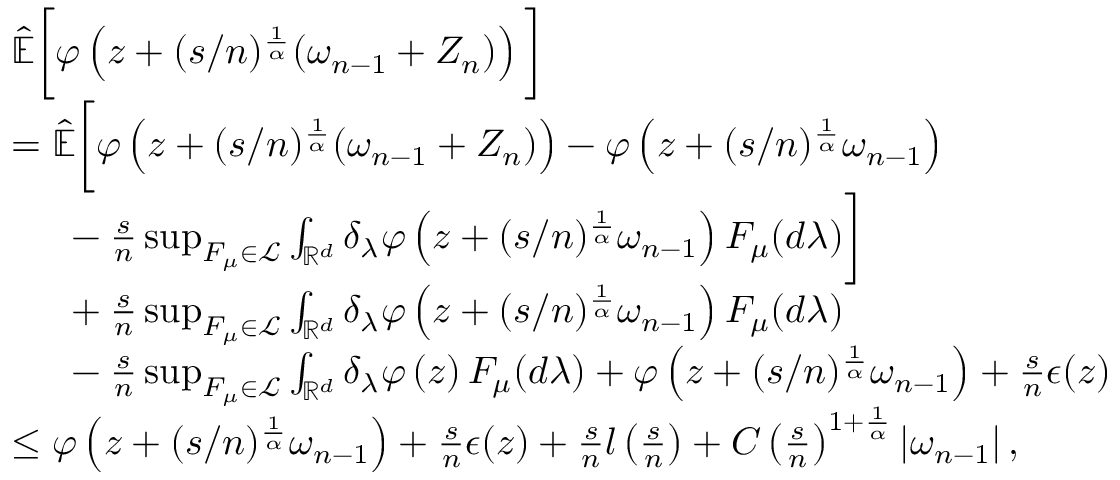
\begin{array} { r l } & { \mathbb { \hat { E } } \bigg [ \varphi \left( z + ( s / n ) ^ { \frac { 1 } { \alpha } } ( \omega _ { n - 1 } + Z _ { n } ) \right) \bigg ] } \\ & { = \mathbb { \hat { E } } \bigg [ \varphi \left( z + ( s / n ) ^ { \frac { 1 } { \alpha } } ( \omega _ { n - 1 } + Z _ { n } ) \right) - \varphi \left( z + ( s / n ) ^ { \frac { 1 } { \alpha } } \omega _ { n - 1 } \right) } \\ & { \mathrm { ~ \ ~ \ } - \frac { s } { n } \operatorname* { s u p } _ { F _ { \mu } \in \mathcal { L } } \int _ { \mathbb { R } ^ { d } } \delta _ { \lambda } \varphi \left( z + ( s / n ) ^ { \frac { 1 } { \alpha } } \omega _ { n - 1 } \right) F _ { \mu } ( d \lambda ) \bigg ] } \\ & { \mathrm { ~ \ ~ \ } + \frac { s } { n } \operatorname* { s u p } _ { F _ { \mu } \in \mathcal { L } } \int _ { \mathbb { R } ^ { d } } \delta _ { \lambda } \varphi \left( z + ( s / n ) ^ { \frac { 1 } { \alpha } } \omega _ { n - 1 } \right) F _ { \mu } ( d \lambda ) } \\ & { \mathrm { ~ \ ~ \ } - \frac { s } { n } \operatorname* { s u p } _ { F _ { \mu } \in \mathcal { L } } \int _ { \mathbb { R } ^ { d } } \delta _ { \lambda } \varphi \left( z \right) F _ { \mu } ( d \lambda ) + \varphi \left( z + ( s / n ) ^ { \frac { 1 } { \alpha } } \omega _ { n - 1 } \right) + \frac { s } { n } \epsilon ( z ) } \\ & { \leq \varphi \left( z + ( s / n ) ^ { \frac { 1 } { \alpha } } \omega _ { n - 1 } \right) + \frac { s } { n } \epsilon ( z ) + \frac { s } { n } l \left( \frac { s } { n } \right) + C \left( \frac { s } { n } \right) ^ { 1 + \frac { 1 } { \alpha } } \left\vert \omega _ { n - 1 } \right\vert , } \end{array}